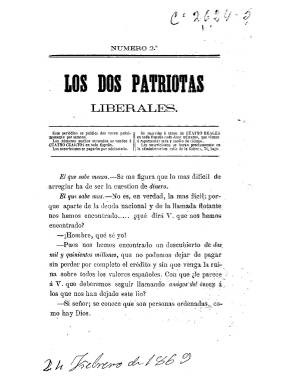
Título: Los Dos patriotas liberales
Colección: Revistas de información general
Ámbito geográfico: Madrid
Lugar de publicación: Madrid
Fechas: 01/11/1868-30/11/1868